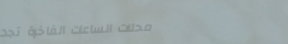
محلات الساعات الفاخرة تجد